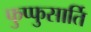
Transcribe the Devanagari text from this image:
फुप्फुसार्ति